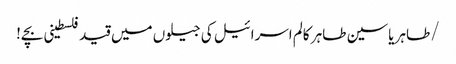
/طاہر یاسین طاہر	کالم	اسرائیل کی جیلوں میں قید فلسطینی بچے!